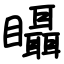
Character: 𥍉